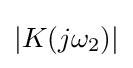
|K(j\omega _{2})|